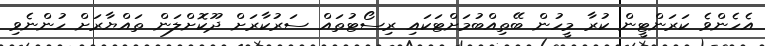
އެހެންވެ ކަރަންޓީން ކުރާ މީހުން ބޭތިއްބުމަށްޓަކައި ރިސޯޓުތައް ސަރުކާރަށް ދޫކޮށްލަން ތައްޔާރަށް ހުންނެވި